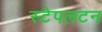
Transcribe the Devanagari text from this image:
स्टेपलटन